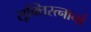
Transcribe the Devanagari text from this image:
सूक्तिरत्नानां